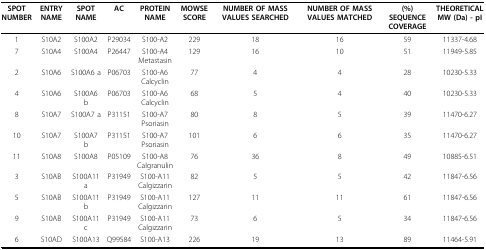
<table><thead><tr><td><b>SPOT NUMBER</b></td><td><b>ENTRY NAME</b></td><td><b>SPOT NAME</b></td><td><b>AC</b></td><td><b>PROTEIN NAME</b></td><td><b>MOWSE SCORE</b></td><td><b>NUMBER OF MASS VALUES SEARCHED</b></td><td><b>NUMBER OF MASS VALUES MATCHED</b></td><td><b>(%)SEQUENCE COVERAGE</b></td><td><b>THEORETICALMW (Da) - pI</b></td></tr></thead><tbody><tr><td>1</td><td>S10A2</td><td>S100A2</td><td>P29034</td><td>S100-A2</td><td>229</td><td>18</td><td>16</td><td>59</td><td>11337-4.68</td></tr><tr><td>7</td><td>S10A4</td><td>S100A4</td><td>P26447</td><td>S100-A4Metastasin</td><td>129</td><td>16</td><td>10</td><td>51</td><td>11949-5.85</td></tr><tr><td>2</td><td>S10A6</td><td>S100A6 a</td><td>P06703</td><td>S100-A6Calcyclin</td><td>77</td><td>4</td><td>4</td><td>28</td><td>10230-5.33</td></tr><tr><td>4</td><td>S10A6</td><td>S100A6 b</td><td>P06703</td><td>S100-A6Calcyclin</td><td>68</td><td>5</td><td>4</td><td>40</td><td>10230-5.33</td></tr><tr><td>8</td><td>S10A7</td><td>S100A7 a</td><td>P31151</td><td>S100-A7Psoriasin</td><td>80</td><td>8</td><td>5</td><td>39</td><td>11470-6.27</td></tr><tr><td>10</td><td>S10A7</td><td>S100A7 b</td><td>P31151</td><td>S100-A7Psoriasin</td><td>101</td><td>6</td><td>6</td><td>35</td><td>11470-6.27</td></tr><tr><td>11</td><td>S10A8</td><td>S100A8</td><td>P05109</td><td>S100-A8Calgranulin</td><td>76</td><td>36</td><td>8</td><td>49</td><td>10885-6.51</td></tr><tr><td>3</td><td>S10AB</td><td>S100A11 a</td><td>P31949</td><td>S100-A11Calgizzarin</td><td>82</td><td>5</td><td>5</td><td>42</td><td>11847-6.56</td></tr><tr><td>5</td><td>S10AB</td><td>S100A11 b</td><td>P31949</td><td>S100-A11Calgizzarin</td><td>127</td><td>11</td><td>11</td><td>61</td><td>11847-6.56</td></tr><tr><td>9</td><td>S10AB</td><td>S100A11 c</td><td>P31949</td><td>S100-A11Calgizzarin</td><td>73</td><td>6</td><td>5</td><td>34</td><td>11847-6.56</td></tr><tr><td>6</td><td>S10AD</td><td>S100A13</td><td>Q99584</td><td>S100-A13</td><td>226</td><td>19</td><td>13</td><td>89</td><td>11464-5.91</td></tr></tbody></table>